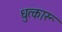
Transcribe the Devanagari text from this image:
धुत्कारू